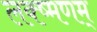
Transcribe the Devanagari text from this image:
लक्ष्मणम्